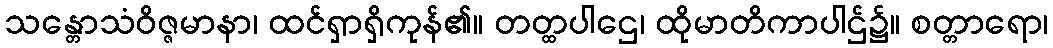
သန္တောသံဝိဇ္ဇမာနာ၊ ထင်ရှာရှိကုန်၏။ တတ္ထပါဌေ၊ ထိုမာတိကာပါဌ်၌။ စတ္တာရော၊